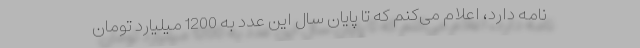
نامه دارد، اعلام می‌کنم که تا پایان سال این عدد به 1200 میلیارد تومان